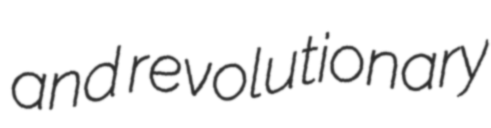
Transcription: and revolutionary